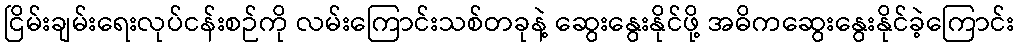
ငြိမ်းချမ်းရေးလုပ်ငန်းစဉ်ကို လမ်းကြောင်းသစ်တခုနဲ့ ဆွေးနွေးနိုင်ဖို့ အဓိကဆွေးနွေးနိုင်ခဲ့ကြောင်း